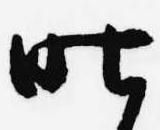
昨